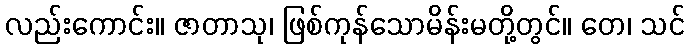
လည်းကောင်း။ ဇာတာသု၊ ဖြစ်ကုန်သောမိန်းမတို့တွင်။ တေ၊ သင်